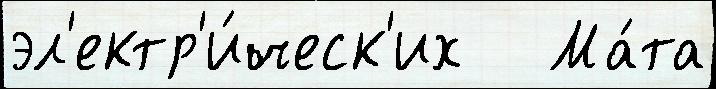
эл'ектр'и́ческ'их   Ма́та